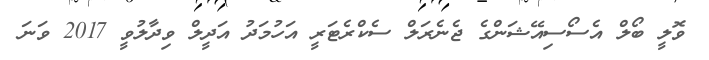
ވޮލީ ބޯލް އެސޯސިއޭޝަންގެ ޖެނެރަލް ސެކްރެޓަރީ އަހުމަދު އަދީލް ވިދާލުވީ 2017 ވަނަ